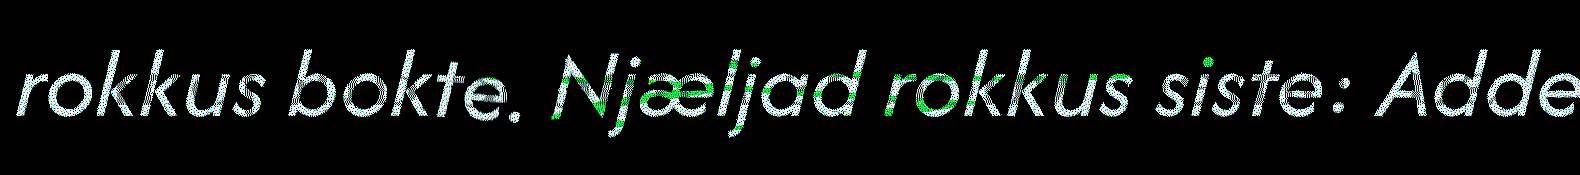
rokkus bokte. Njæljad rokkus siste: Adde